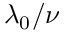
\lambda _ { 0 } / \nu